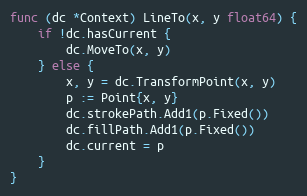
Language: Go
func (dc *Context) LineTo(x, y float64) {
	if !dc.hasCurrent {
		dc.MoveTo(x, y)
	} else {
		x, y = dc.TransformPoint(x, y)
		p := Point{x, y}
		dc.strokePath.Add1(p.Fixed())
		dc.fillPath.Add1(p.Fixed())
		dc.current = p
	}
}